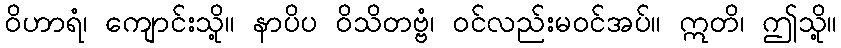
ဝိဟာရံ၊ ကျောင်းသို့။ နာပိပ ဝိသိတဗ္ဗံ၊ ဝင်လည်းမဝင်အပ်။ ဣတိ၊ ဤသို့။